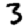
Digit: 3